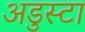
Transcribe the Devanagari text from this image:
अडुस्टा